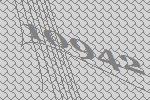
10942